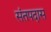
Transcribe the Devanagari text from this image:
संतपदास